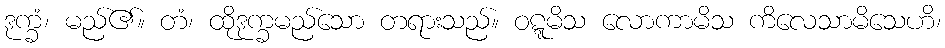
ဒုက္ခံ၊ မည်၏။ တံ၊ ထိုဒုက္ခမည်သော တရားသည်။ ဝဋ္ဋမိသ လောကာမိသ ကိလေသာမိသေဟိ၊